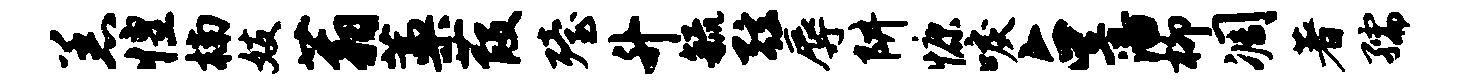
恙惶楠妓蓊藁葭殪升毓弦辱阱慷唳占藩柳凋著孺